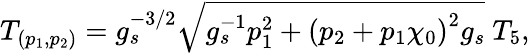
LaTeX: T_{(p_{1},p_{2})}=g_{s}^{-3/2}\sqrt{g_{s}^{-1}p_{1}^{2}+\left(p_{2}+p_{1}\chi_{0}\right)^{2}g_{s}}~T_{5},